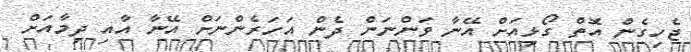
ޖެހިގެން އޮތް ގޯޅިއަށް އޭނާ ވަންނަން ދެން އަހަރެންނަށް އޭނާ އާއި ދިމާއަށް